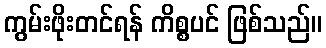
ကွမ်းဖိုးတင်ရန် ကိစ္စပင် ဖြစ်သည်။